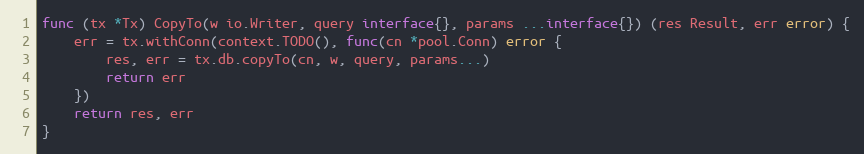
Language: Go
func (tx *Tx) CopyTo(w io.Writer, query interface{}, params ...interface{}) (res Result, err error) {
	err = tx.withConn(context.TODO(), func(cn *pool.Conn) error {
		res, err = tx.db.copyTo(cn, w, query, params...)
		return err
	})
	return res, err
}